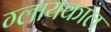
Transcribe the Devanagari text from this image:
ग्लायकाल